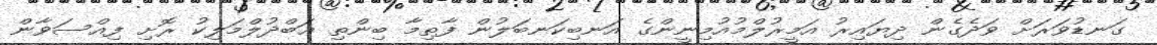
ގަނޑުވަރަށް ވަދެގެން ދިޔައިރު އަމީރުލްމުއުމިނީންގެ އަނބިކަނބަލުން ފާޠިމާ ބިންތި ޢަބްދުލްމަލިކު ރޮށި ފިއްސަވާން